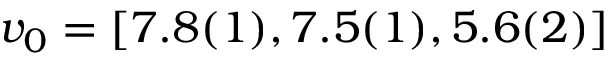
v _ { 0 } = [ 7 . 8 ( 1 ) , 7 . 5 ( 1 ) , 5 . 6 ( 2 ) ]